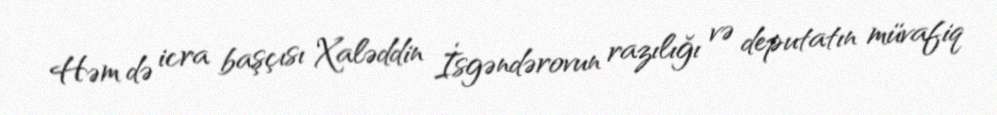
Həm də icra başçısı Xaləddin İsgəndərovun razılığı və deputatın müvafiq